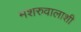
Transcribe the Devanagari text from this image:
मशरुवालाशी